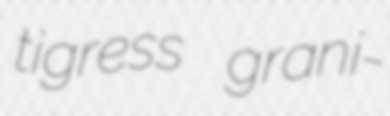
tigress grani-